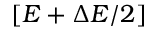
[ E + \Delta E / 2 ]